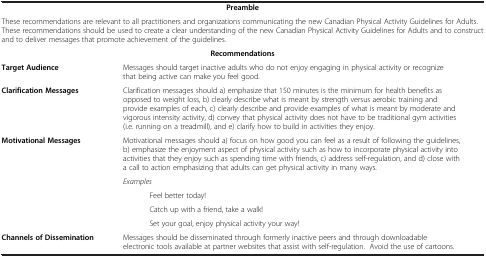
<table><thead><tr><td><b> </b></td><td><b> </b></td></tr></thead><tbody><tr><td colspan="2"><b>Preamble</b></td></tr><tr><td colspan="2">These recommendations are relevant to all practitioners and organizations communicating the new Canadian Physical Activity Guidelines for Adults. These recommendations should be used to create a clear understanding of the new Canadian Physical Activity Guidelines for Adults and to construct and to deliver messages that promote achievement of the guidelines.</td></tr><tr><td colspan="2"><b>Recommendations</b></td></tr><tr><td><b>Target Audience</b></td><td>Messages should target inactive adults who do not enjoy engaging in physical activity or recognize that being active can make you feel good.</td></tr><tr><td><b>Clarification Messages</b></td><td>Clarification messages should a) emphasize that 150 minutes is the minimum for health benefits as opposed to weight loss, b) clearly describe what is meant by strength versus aerobic training and provide examples of each, c) clearly describe and provide examples of what is meant by moderate and vigorous intensity activity, d) convey that physical activity does not have to be traditional gym activities (i.e. running on a treadmill), and e) clarify how to build in activities they enjoy.</td></tr><tr><td rowspan="5"><b>Motivational Messages</b></td><td>Motivational messages should a) focus on how good you can feel as a result of following the guidelines, b) emphasize the enjoyment aspect of physical activity such as how to incorporate physical activity into activities that they enjoy such as spending time with friends, c) address self-regulation, and d) close with a call to action emphasizing that adults can get physical activity in many ways.</td></tr><tr><td><i>Examples</i></td></tr><tr><td>Feel better today!</td></tr><tr><td>Catch up with a friend, take a walk!</td></tr><tr><td>Set your goal, enjoy physical activity your way!</td></tr><tr><td><b>Channels of Dissemination</b></td><td>Messages should be disseminated through formerly inactive peers and through downloadable electronic tools available at partner websites that assist with self-regulation. Avoid the use of cartoons.</td></tr></tbody></table>